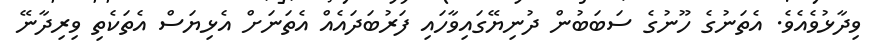
ވިދާޅުވެއެވެ. އެތަނުގެ ހޫނުގެ ސަބަބުން ދުނިޔޭގައިވާހައި ފަރުބަދައެއް އެތަނަށް އެޅިޔަސް އެތަކެތި ވިރިދާނޭ